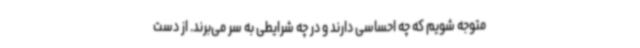
متوجه شویم که چه احساسی دارند و در چه شرایطی به سر می‌برند. از دست